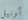
أونيل